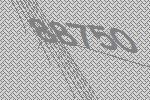
88750